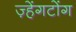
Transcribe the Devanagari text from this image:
ज़्हेंगटोंग